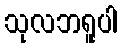
သုလဘရူပါ